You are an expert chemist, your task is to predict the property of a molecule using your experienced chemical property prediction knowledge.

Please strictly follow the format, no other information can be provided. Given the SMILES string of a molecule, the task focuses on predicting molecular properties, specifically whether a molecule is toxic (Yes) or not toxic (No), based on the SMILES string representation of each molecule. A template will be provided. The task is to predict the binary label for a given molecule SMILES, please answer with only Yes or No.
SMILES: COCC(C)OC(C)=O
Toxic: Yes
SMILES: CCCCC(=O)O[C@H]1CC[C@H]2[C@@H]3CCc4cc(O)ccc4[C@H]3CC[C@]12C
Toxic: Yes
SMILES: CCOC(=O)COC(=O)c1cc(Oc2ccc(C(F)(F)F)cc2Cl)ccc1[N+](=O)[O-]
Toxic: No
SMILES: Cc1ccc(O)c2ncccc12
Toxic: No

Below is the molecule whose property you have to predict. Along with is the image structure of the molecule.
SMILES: CCCCCCCCC/C=C/CC1CC(=O)OC1=O
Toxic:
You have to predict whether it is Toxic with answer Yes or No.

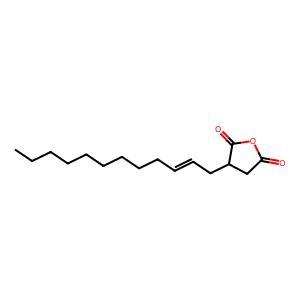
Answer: No